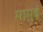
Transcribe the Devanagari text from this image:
मामुई